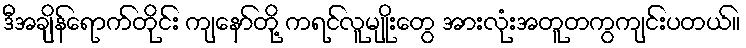
ဒီအချိန်ရောက်တိုင်း ကျနော်တို့ ကရင်လူမျိုးတွေ အားလုံးအတူတကွကျင်းပတယ်။